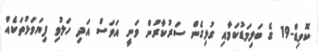
ކޮވިޑް-19 ގެ ބަލިމަޑުކަމާއި ގުޅިގެން ސަރުކާރުން ވަނީ އަވަސް އަދި ހަލުވި ފިޔަވަޅުތަކެއް